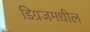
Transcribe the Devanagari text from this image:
डिग्रजमधील